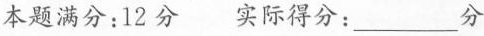
本题满分：12分 实际得分：___分